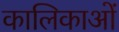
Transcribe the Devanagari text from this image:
कालिकाओं